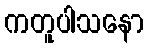
ကတူပါသနော